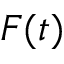
F ( t )